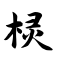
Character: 棂